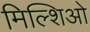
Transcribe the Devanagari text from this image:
मिल्शिओ